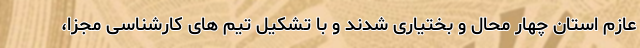
عازم استان چهار محال و بختیاری شدند و با تشکیل تیم های کارشناسی مجزا،